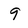
Character: 9